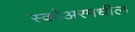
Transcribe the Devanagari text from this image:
स्कोअरमधील